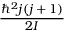
\frac { \hbar ^ { 2 } j ( j + 1 ) } { 2 I }